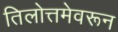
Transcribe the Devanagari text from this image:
तिलोत्तमेवरून